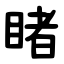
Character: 睹